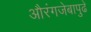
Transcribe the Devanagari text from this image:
औरंगजेबापुढे